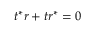
t ^ { * } r + t r ^ { * } = 0